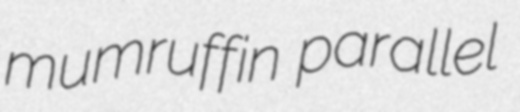
mumruffin parallel